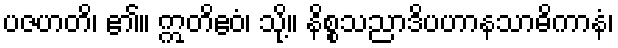
ပဇဟတိ၊ ၏။ ဣတိဧဝံ၊ သို့။ နိစ္စသညာဒိပဟာနသာဓိကာနံ၊